Vaccination Hyderabad 1890-1903 - 1890-1903
Year: 1890
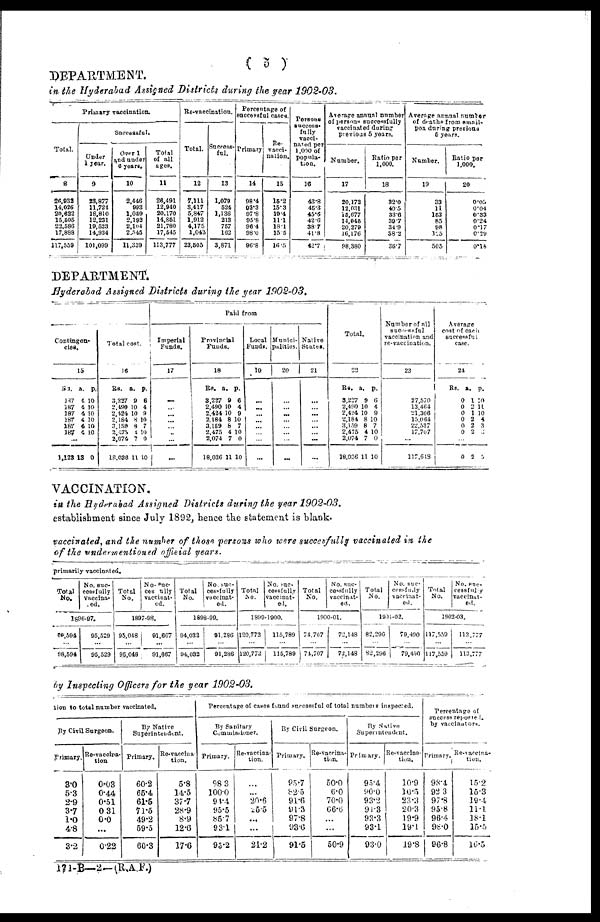
( 5 )
DEPARTMENT.
in the Hyderabad Assigned Districts during the year 1902-03.
Primary vaccination.
Total.
8
26,932 14,026 20,622 15,505 22,586 17,888
117,559
Successful.
Under
1 year.
9
23,877
11,724
18,810
12,231
19,523
14,934
101,099
OVER 1
and under
6 years.
10
2,446
993
1,059
2,192
2,104
2,545
11,339
Total
of all
ages.
11
26,491
12,940
20,170
14,651
21,780
17,545
113,777
Re-vaccination.
Total.
12
7,111
3,417
5,847
1,912
4,175
1,043
23,505
Success¬
ful.
13
1,079
524
1,136
213
757
162
3,871
Percentage of
successful cases.
Primary.
14
98.4
92.3
97.8
95.8
96.4
98.0
96.8
Re-
vacci-
nation.
15
15.2
15.3
19.4
11.1
18.1
15.5
16.5
Persona
success-
fully
vacci¬
nated per
1,000 of
popula-
tion.
16
43.8
45.3
45.6
42.6
38.7
41.8
42.7
Average annual number
of persons succesefully
vaccinated during
previous 5 years.
Number.
17
20,172 12,031
15,677
14,045
20,279
16,176
98,380
Ratio per
1.000.
18
32.0
40.5
33.6
39.7 34.9
38.2
36.7
Average annual number
of deaths from small¬
pox during previous
5 years.
Number.
19
33
11
153
85
98
125
505
Ratio per
1,000.
20
0.05
0.04
0.33
0.24
0.17
0.29
0.18
DEPARTMENT.
Hyderabad Assigned Districts during the year 1902-03.
Contingen-
cies.
15
Rs.
187
187
187
187
187
187
a.
4
4
4
4
4
4
p.
10
10
10 10
10
10
...
1,123 13 0
Total cost.
16
Rs.
3,227
2,490
2,124
2,184
3,159
2,475
2,076
l8,036
a.
9
10
10
8
8
4
7
11
p.
6
4
9
10
7
10
0
10
Paid from
Imperial
Funds.
17
...
...
...
...
...
...
...
...
Provincial
Funds.
18
Rs.
3,227
2,490
2,424
2,184
3,159
2,475
2,074
18,036
a.
9
10
10
8
8
4
7
11
p.
6
4
9
10
7
10
0
10
Local
Funds.
19
...
...
...
...
...
...
...
...
Munici-
palities.
20
...
...
...
...
...
...
...
...
Native
States.
21
...
...
...
...
...
...
...
...
Total.
22
Rs.
3,227
2,490
2,424
2,184
3,159
2,475
2,074
18,036
a.
9
10
10
8
8
4
7
11
p.
6
4
9
10
7
10
0
10
Number of all
successful
vaccination and
re-vaccination.
23
27,570
13,464
21,306
15,064
22,537
17,707
...
117,648
Average
cost of each
successful
case.
24
Rs.
0
0
0
0
0
0
a.
1
0
1
2
2
2
p.
10
11
10
4
3
3
...
0 2 5
VACCINATION.
in the Hyderabad Assigned Districts during the year 1902-03.
establishment since July 1892, hence the statement is blank.
vaccinated, and the number of those persons who were succesfully vaccinated in, the
of the undermentioned official years.
primarily vaccinated.
Total
No.
No. suc-
cessfully
Vaccina¬
ted.
1896-97.
88,594
...
98,594
95,529
...
95,529
Total
No.
No. suc¬
cesslly
vaccinat-
ed.
1897-98.
95,048
...
95,048
91,667
...
91,667
Total
No.
No. suc¬
cessfully
vaccinat-
ed.
1898-99.
94,032
...
94,032
91,286
...
91,286
Total
No.
No. Suc¬
cessfully
vaccinat-
ed.
1899-1900.
120,772
...
120,772
115,789
...
115,789
Total
No.
No. suc¬
cessfully
vaccinat-
ed.
1900-01.
74,707
...
74,707
72,148
...
72,148
Total
No.
No. Suc-
cessfully
vaccinat-
ed.
1901-02.
82,296
...
82,296
79,490
...
79,490
Total
No.
No. suc¬
cessfully
vaccinat¬
ed.
1902-03.
117,559
...
117,559
113,777
...
113,777
by Inspecting Officers for the year 1902-03.
tion to total number vaccinated.
By Civil Surgeon.
Primary.
3.0
5.3
2.9
3.7
1.0
4.8
3.2
Re-vaccina¬
tion
0.03
0.44
0.51
0.31
0.0
...
0.22
By Native
Superintendent.
Primary.
60.2
65.4
61.5
71.5
49.2
59.5
60.3
Re-vaccina
tion.
5.8
14.5
37.7
28.9
8.9
12.6
17.6
Percentage of caves found successful of total numbers inspected.
By Sanitary
Commissioner.
Primary.
98.3
100.0
94.4
95.5
86.7
93.1
95.2
Re-vaccina-
tion.
...
...
20.6
25.5
...
...
21.2
By Civil Surgeon.
Primary.
95.7
82.5
91.6
91.3
97.8
93.6
91.5
Re-vaccina-
tion.
50.0
6.0
70.0
66.6
...
...
50.9
By Native
Superintendent.
Primary.
95.4
90.0
93.2
91.3
93.3
93.1
93.0
Re-vaccina¬
tion.
10.9
10.5
23.3
20.3
19.9
19.1
19.8
Percentage of
success reported.
by vaccinators.
Primary.
98.4
92.3
97.8
95.8
96.4
98.0
96.8
Re-vaccina¬
tion.
15.2
15.3
19.4
11.1
18.1
15.5
16.5
171-B— 2— (R.A.F.)